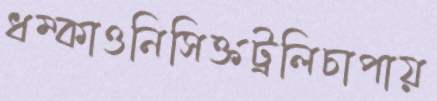
ধম্‌কাওনিসিক্তট্রলিচাপায়